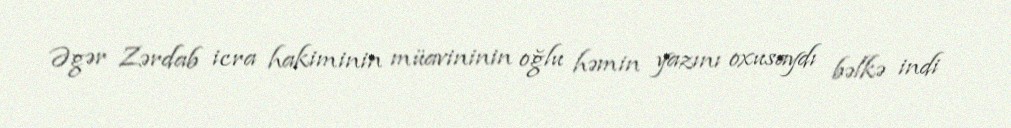
Əgər Zərdab icra hakiminin müavininin oğlu həmin yazını oxusaydı bəlkə indi